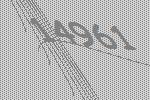
14961